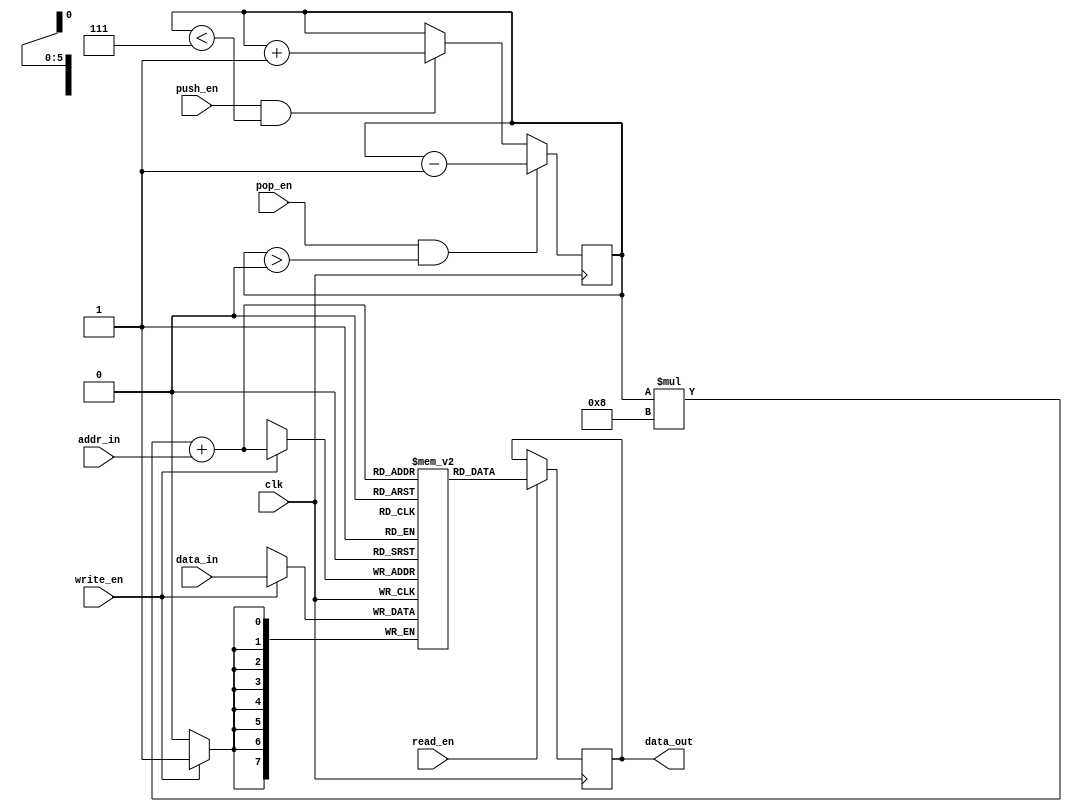
module MemoryBlocksStackRF(
    input wire [7:0] data_in,
    input wire [2:0] addr_in,
    input wire write_en,
    input wire read_en,
    input wire push_en,
    input wire pop_en,
    input wire clk,
    output reg [7:0] data_out
);

reg [7:0] memory_block[0:7][0:7];
reg [2:0] stack_pointer;

always @(posedge clk) begin
    if(write_en) begin
        memory_block[stack_pointer][addr_in] <= data_in;
    end
    
    if(read_en) begin
        data_out <= memory_block[stack_pointer][addr_in];
    end
    
    if(push_en && stack_pointer < 7) begin
        stack_pointer <= stack_pointer + 1;
    end
    
    if(pop_en && stack_pointer > 0) begin
        stack_pointer <= stack_pointer - 1;
    end
end

endmodule